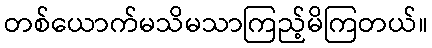
တစ်ယောက်မသိမသာကြည့်မိကြတယ်။